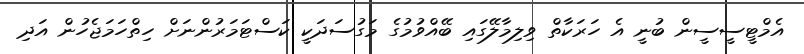
އެމްޓީސީސީން ބުނީ އެ ހަރަކާތް ވިލިމާލޭގައި ބޭއްވުމުގެ މަގުސަދަކީ ކަސްޓަމަރުންނަށް ހިތްހަމަޖެހުން އަދި